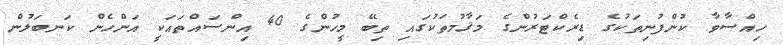
ހިއްސާވާ ކުންފުނިތަކުގެ ޑިރެކްޓަރުންގެ މަޤާމުތަކުގައި ތިބޭ މީހުންގެ 40 އިންސައްތައަކީ އަންހެން ކަނބަލުން